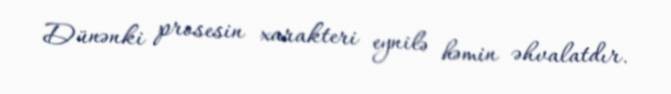
Dünənki prosesin xarakteri eynilə həmin əhvalatdır.